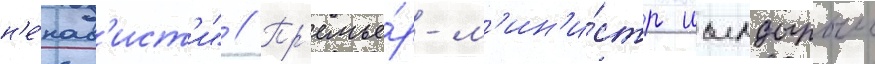
н'е́нав'ист'и" // Пр'емье́р-м'ин'и́стр иылдырым